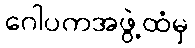
ဂေါပကအဖွဲ့ထံမှ